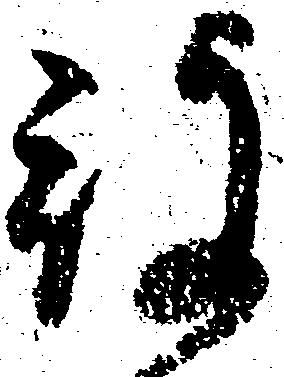
被